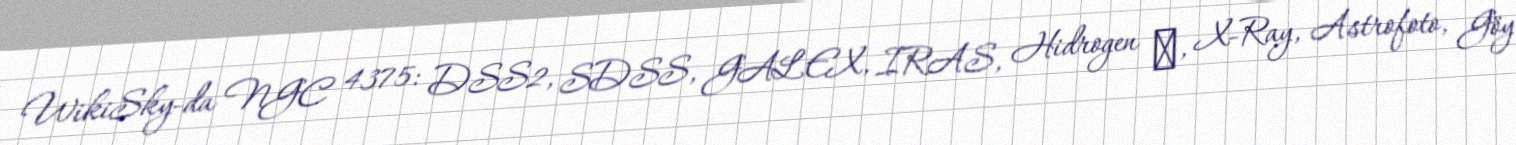
WikiSky-da NGC 4375: DSS2, SDSS, GALEX, IRAS, Hidrogen α, X-Ray, Astrofoto, Göy